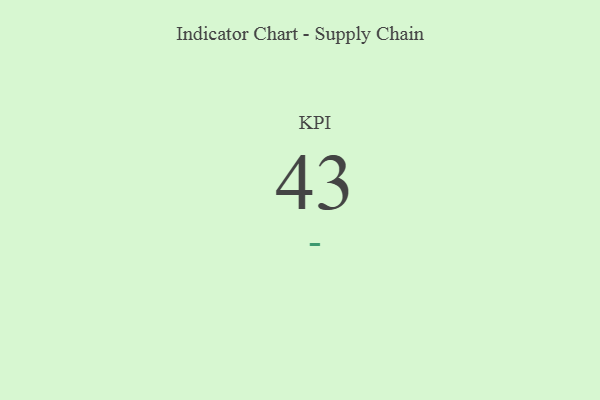
{"axis": {"x": "KPI", "y": "Value"}, "legend": [""], "data": [{"x": "KPI", "y": 43, "type": ""}]}